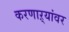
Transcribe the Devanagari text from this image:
करणाऱ्यांवर